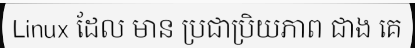
Linux ដែល មាន ប្រជាប្រិយភាព ជាង គេ